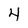
Character: 4